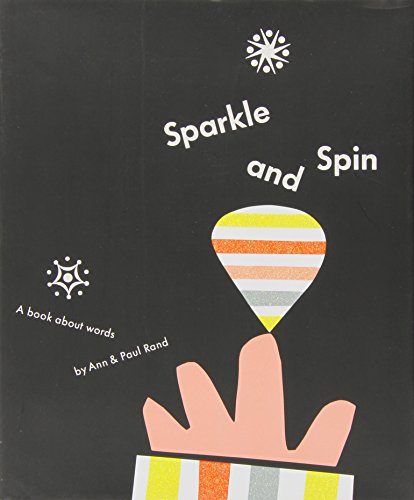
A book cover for Sparkle and Spin: A Book About Words; Ann Rand; Reference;